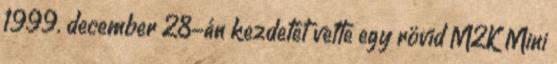
1999. december 28-án kezdetét vette egy rövid M2K Mini